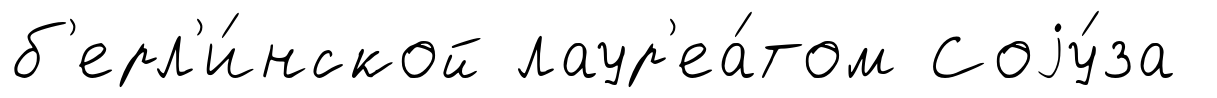
б'ерл'и́нской лаур'еа́том Соjу́за